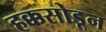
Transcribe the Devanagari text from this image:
हक्कसोडून